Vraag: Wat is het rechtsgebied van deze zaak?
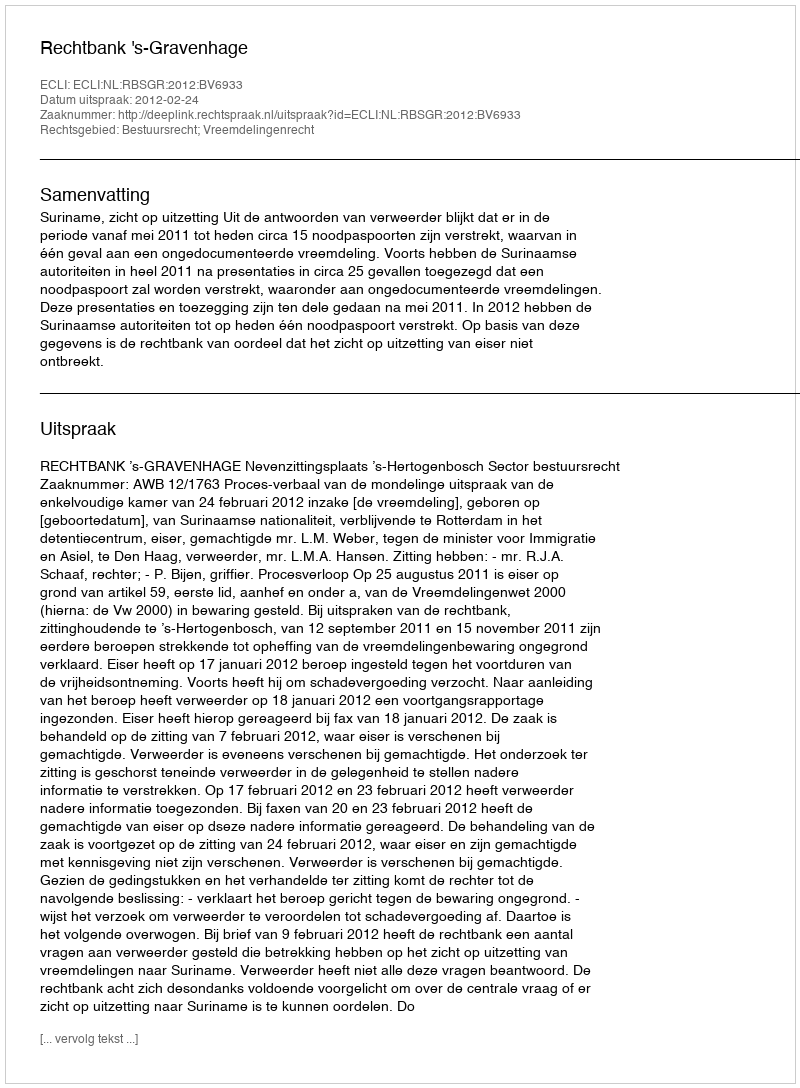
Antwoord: Bestuursrecht; Vreemdelingenrecht